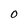
Character: 0